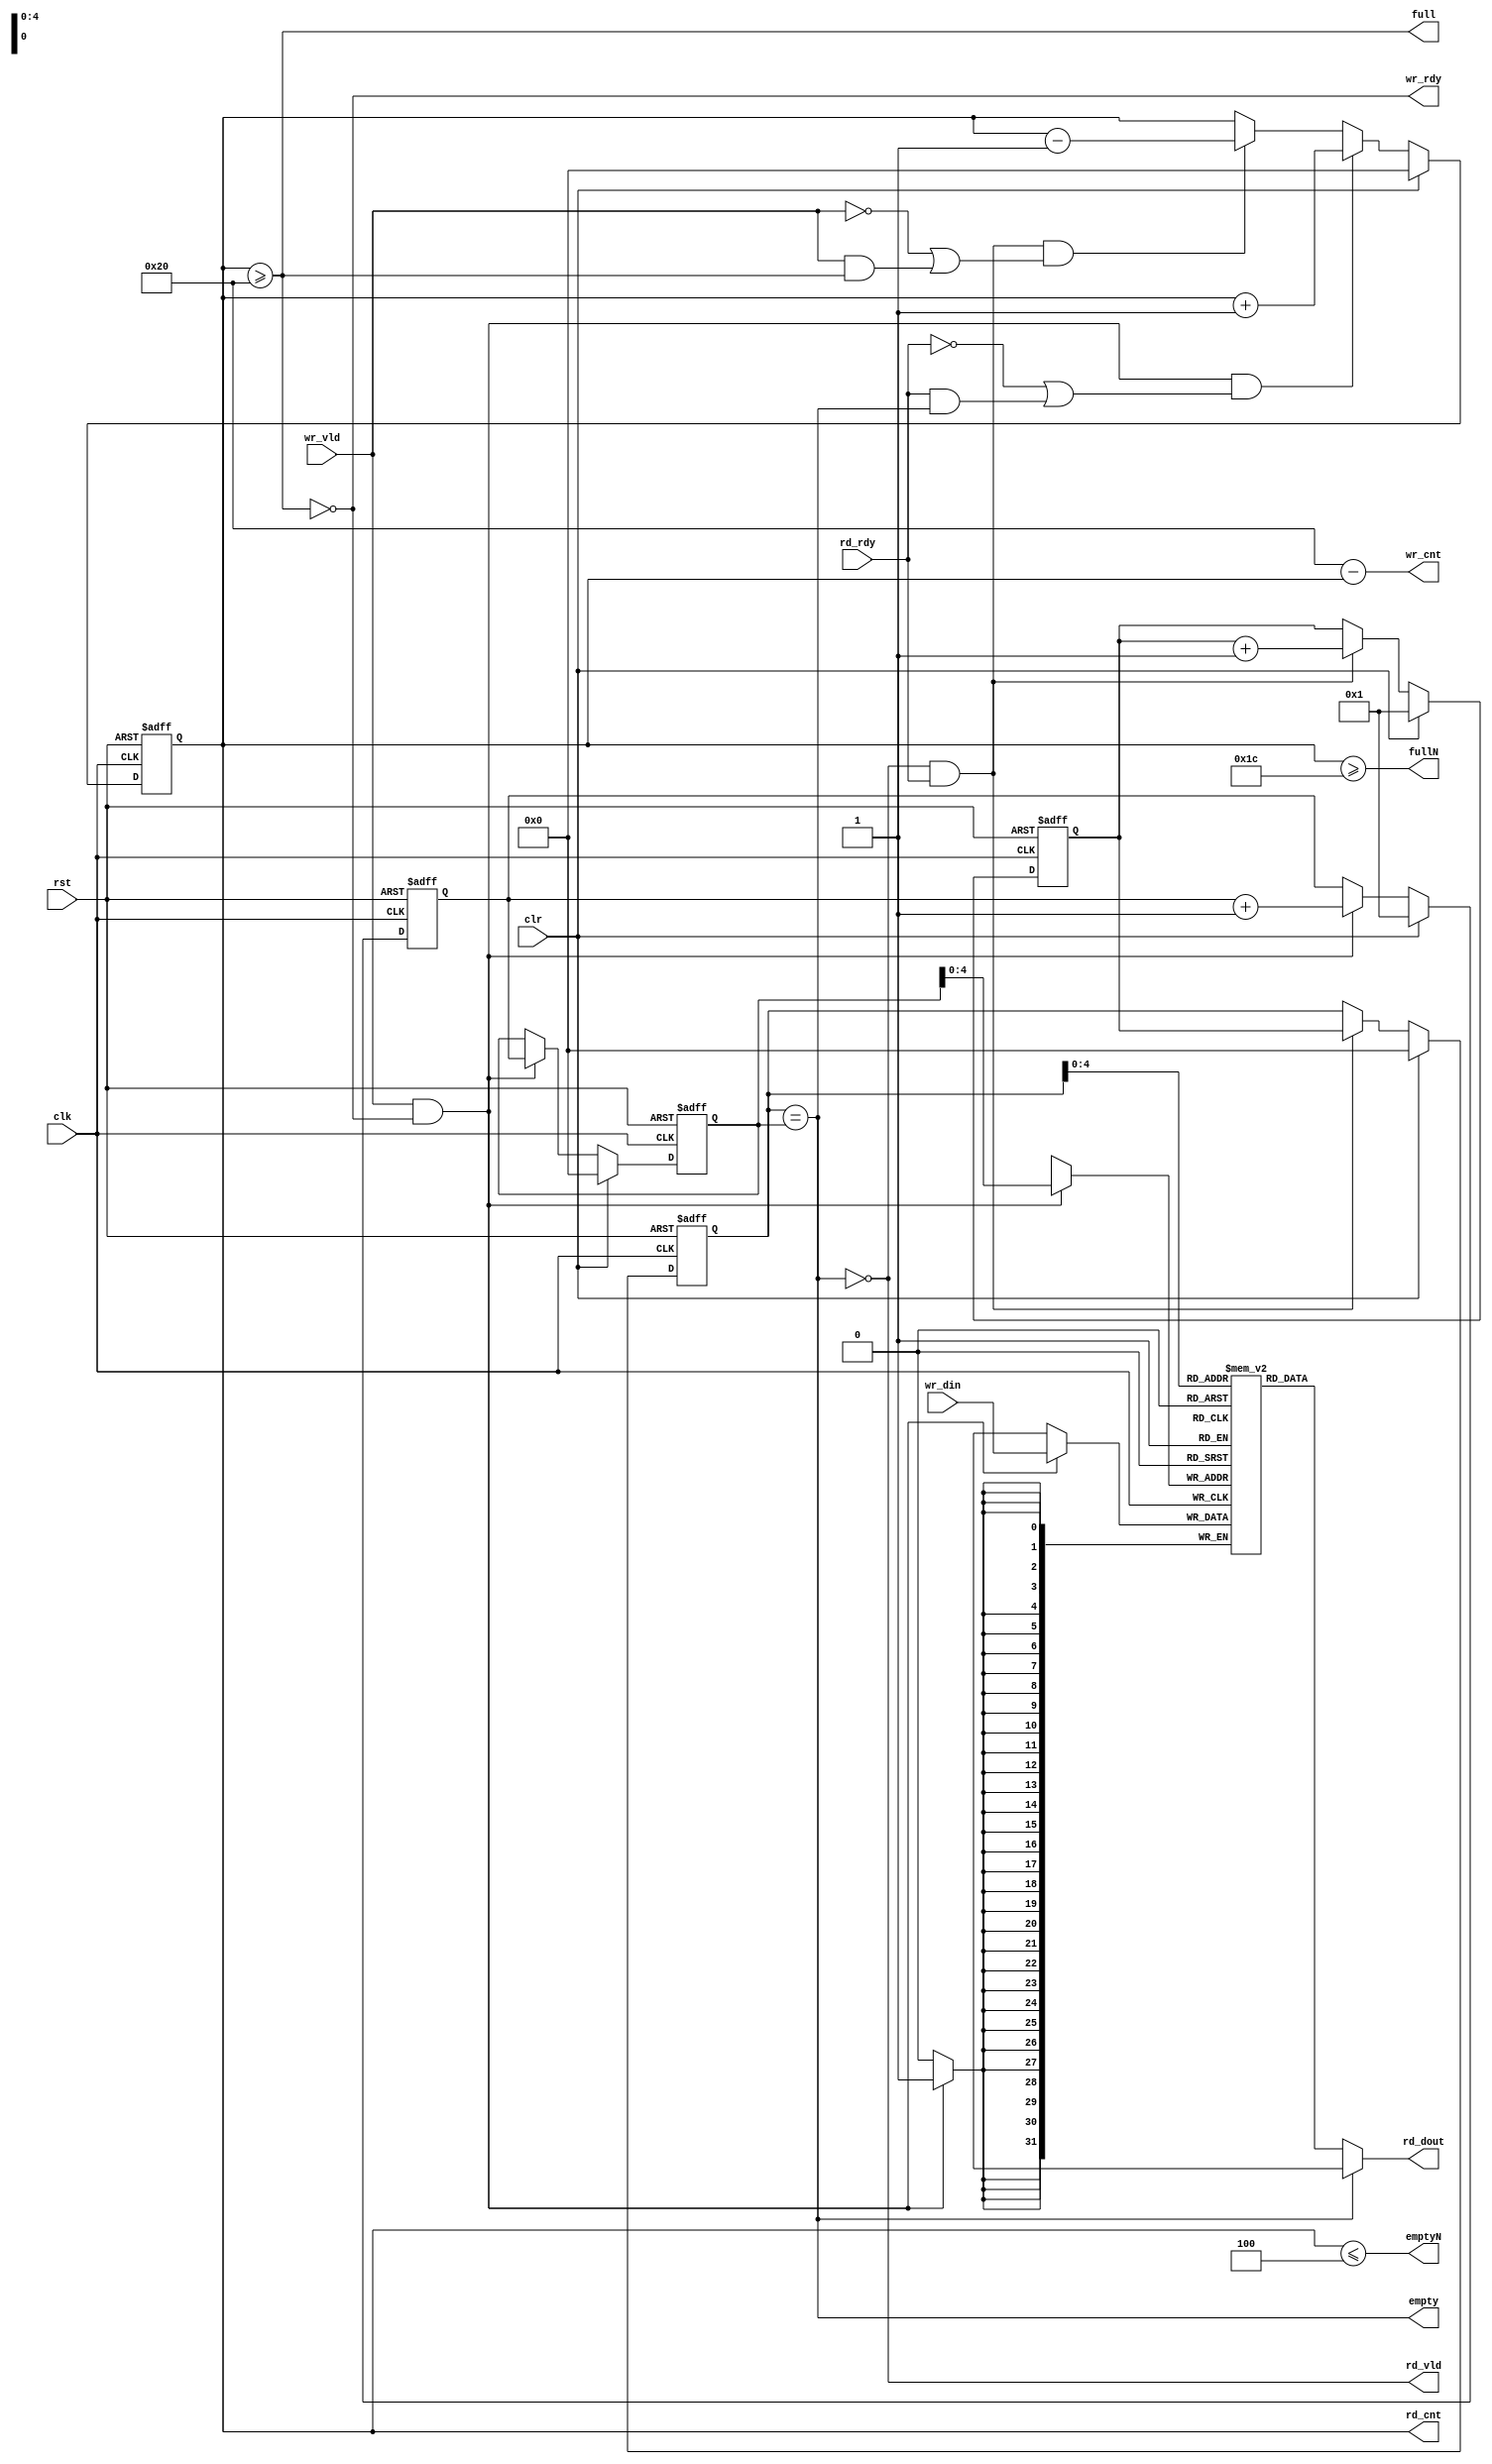
`ifndef GPIF2IF_FIFO_SYNC_V
`define GPIF2IF_FIFO_SYNC_V
//----------------------------------------------------------------
//  Copyright (c) 2019 by Future Design Systems Co., Ltd.
//  All right reserved.
//  http://www.future-ds.com
//----------------------------------------------------------------
// gpif2if_fifo_sync.v
//----------------------------------------------------------------
// Synchronous FIFO
//----------------------------------------------------------------
// VERSION: 2019.04.10.
//----------------------------------------------------------------
// MACROS and PARAMETERS
//     XILINX_DPRAM: define this for Xilinx BRAM
//     DONGBU_018_DPRAM: define this for Dongbu 0.18n
//----------------------------------------------------------------
// Features
//    * ready-valid handshake protocol
//    * lookahead full and empty -- see fullN and emptyN
//    * First-Word Fall-Through, but rd_vld indicates its validity
//----------------------------------------------------------------
//    * data moves when both ready(rdy) and valid(vld) is high.
//    * ready(rdy) means the receiver is ready to accept data.
//    * valid(vld) means the data is valid on 'data'.
//----------------------------------------------------------------
//
//               ___   _____   _____   _____   ____
//   clk           |___|   |___|   |___|   |___|
//               _______________________________
//   wr_rdy     
//                     _________________
//   wr_vld      ______|       ||      |___________  
//                      _______  ______
//   wr_din      XXXXXXX__D0___XX__D1__XXXX
//               ______________                        ____
//   empty                     |_______________________|
//                                     _________________
//   rd_rdy      ______________________|               |___
//                                     ________________
//   rd_vld      ______________________|       ||      |___
//                                      ________ _______
//   rd_dout     XXXXXXXXXXXXXXXXXXXXXXX__D0____X__D1___XXXX
//
//   full        __________________________________________
//
//----------------------------------------------------------------

module gpif2if_fifo_sync
       #(parameter FDW =32,  // fifof data width
                   FAW =5,  // num of entries in 2 to the power FAW
                   FULN=4,  // lookahead-full
                   EMPTN=4)  // lookahead-full
(
       input   wire           rst // asynchronous reset (active high)
     , input   wire           clr // synchronous reset (active high)
     , input   wire           clk
     , output  wire           wr_rdy
     , input   wire           wr_vld
     , input   wire [FDW-1:0] wr_din
     , input   wire           rd_rdy
     , output  wire           rd_vld
     , output  wire [FDW-1:0] rd_dout
     , output  wire           full
     , output  wire           empty
     , output  wire           fullN  // lookahead full
     , output  wire           emptyN // lookahead empty
     , output  reg  [FAW:0]   rd_cnt // num of elements in the FIFO to be read
     , output  wire [FAW:0]   wr_cnt // num of rooms in the FIFO to be written
);
   //---------------------------------------------------
   localparam FDT = 1<<FAW;
   //---------------------------------------------------
   reg  [FAW:0]   fifo_head = 'h0; // where data to be read
   reg  [FAW:0]   fifo_tail = 'h0; // where data to be written
   reg  [FAW:0]   next_tail = 'h1;
   reg  [FAW:0]   next_head = 'h1;
   wire [FAW-1:0] write_addr = fifo_tail[FAW-1:0];
   `ifdef SIM
   wire [FAW-1:0] read_addr  = (rst==1'b1) ? {FAW{1'b0}} : fifo_head[FAW-1:0];
   `else
   wire [FAW-1:0] read_addr  = fifo_head[FAW-1:0];
   `endif
   //---------------------------------------------------
   // accept input
   // push data item into the entry pointed by fifo_tail
   //
   always @(posedge clk or posedge rst) begin
      if (rst==1'b1) begin
          fifo_tail <= 0;
          next_tail <= 1;
      end else if (clr==1'b1) begin
          fifo_tail <= 0;
          next_tail <= 1;
      end else begin
          if ((full==1'b0) && (wr_vld==1'b1)) begin
              fifo_tail <= next_tail;
              next_tail <= next_tail + 1;
          end 
      end
   end
   //---------------------------------------------------
   // provide output
   // pop data item from the entry pointed by fifo_head
   //
   always @(posedge clk or posedge rst) begin
      if (rst==1'b1) begin
          fifo_head <= 0;
          next_head <= 1;
      end else if (clr==1'b1) begin
          fifo_head <= 0;
          next_head <= 1;
      end else begin
          if ((empty==1'b0) && (rd_rdy==1'b1)) begin
              fifo_head <= next_head;
              next_head <= next_head + 1;
          end
      end
   end
   //---------------------------------------------------
   // how many items in the FIFO
   //
   assign  wr_cnt = FDT-rd_cnt;
   always @(posedge clk or posedge rst) begin
      if (rst==1'b1) begin
         rd_cnt <= 0;
      end else if (clr==1'b1) begin
         rd_cnt <= 0;
      end else begin
       //if (wr_vld&&!full&&(!rd_rdy||(rd_rdy&&empty))) begin
         if ((wr_vld==1'b1)&&(full==1'b0)&&((rd_rdy==1'b0)||((rd_rdy==1'b1)&&(empty==1'b1)))) begin
             rd_cnt <= rd_cnt + 1;
         end else
       //if (rd_rdy&&!empty&&(!wr_vld||(wr_vld&&full))) begin
         if ((rd_rdy==1'b1)&&(empty==1'b0)&&((wr_vld==1'b0)||((wr_vld==1'b1)&&(full==1'b1)))) begin
             rd_cnt <= rd_cnt - 1;
         end
      end
   end
   
   //---------------------------------------------------
   assign rd_vld = ~empty;
   assign wr_rdy = ~full;
   assign empty  = (fifo_head == fifo_tail);
   assign full   = (rd_cnt>=FDT);
   //---------------------------------------------------
   assign fullN  = (rd_cnt>=(FDT-FULN));
   assign emptyN = (rd_cnt<=EMPTN);
   //---------------------------------------------------
   reg [FDW-1:0] Mem [0:FDT-1];
   assign rd_dout  = (empty==1'b1) ? {FDW{1'bX}} : Mem[read_addr];
   always @(posedge clk) begin
       if ((full==1'b0) && (wr_vld==1'b1)) begin
           Mem[write_addr] <= wr_din;
       end
   end
   //---------------------------------------------------
   // synopsys translate_off
   `ifdef RIGOR
   integer idx;
   initial begin
           for (idx=0; idx<FDT; idx=idx+1) begin
                Mem[idx] = 'hX;
           end
   end
   `endif
   // synopsys translate_on
   //---------------------------------------------------
   // synopsys translate_off
   `ifdef RIGOR
   always @(negedge clk or posedge rst) begin
      if ((rst==1'b0) && (clr==1'b0)) begin
          if ((rd_cnt==0)&&(empty==1'b0))
             $display($time,, "%m: empty flag mis-match: %d", rd_cnt);
          if ((rd_cnt==FDT)&&(full==1'b0))
             $display($time,, "%m: full flag mis-match: %d", rd_cnt);
          if (rd_cnt>FDT)
             $display($time,, "%m: fifo handling error: rd_cnt>FDT %d:%d", rd_cnt, FDT);
          if ((rd_cnt+wr_cnt)!=FDT)
             $display($time,, "%m: count mis-match: rd_cnt:wr_cnt %d:%d", rd_cnt, wr_cnt);
      end
   end
   `endif
   // synopsys translate_on
   //---------------------------------------------------
   // synopsys translate_off
  //`ifdef RIGOR
  //initial begin
  //    if (FAW!=5) $display("%m FAW should be 5, but %d", FAW);
  //    if (FDW!=32) $display("%m FDW should be 32, but %d", FDW);
  //end
  //`endif
   // synopsys translate_on
endmodule
//----------------------------------------------------------------
// Revision History
//
// 2019.04.10: conditions in the 'if ()' have been clarified.
//             timescale has been removed.
// 2018.03.07: Starting [adki]
//----------------------------------------------------------------
`endif